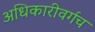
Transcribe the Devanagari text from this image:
अधिकारीवर्गच